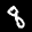
Label: 8